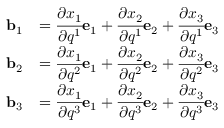
{ \begin{array} { r l } { \mathbf { b } _ { 1 } } & { = { \cfrac { \partial x _ { 1 } } { \partial q ^ { 1 } } } \mathbf { e } _ { 1 } + { \cfrac { \partial x _ { 2 } } { \partial q ^ { 1 } } } \mathbf { e } _ { 2 } + { \cfrac { \partial x _ { 3 } } { \partial q ^ { 1 } } } \mathbf { e } _ { 3 } } \\ { \mathbf { b } _ { 2 } } & { = { \cfrac { \partial x _ { 1 } } { \partial q ^ { 2 } } } \mathbf { e } _ { 1 } + { \cfrac { \partial x _ { 2 } } { \partial q ^ { 2 } } } \mathbf { e } _ { 2 } + { \cfrac { \partial x _ { 3 } } { \partial q ^ { 2 } } } \mathbf { e } _ { 3 } } \\ { \mathbf { b } _ { 3 } } & { = { \cfrac { \partial x _ { 1 } } { \partial q ^ { 3 } } } \mathbf { e } _ { 1 } + { \cfrac { \partial x _ { 2 } } { \partial q ^ { 3 } } } \mathbf { e } _ { 2 } + { \cfrac { \partial x _ { 3 } } { \partial q ^ { 3 } } } \mathbf { e } _ { 3 } } \end{array} }